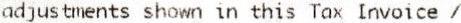
ADJUSTMENTS SHOWN IN THIS TAX INVOICE /